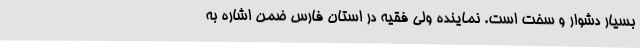
بسیار دشوار و سخت است. نماینده ولی فقیه در استان فارس ضمن اشاره به